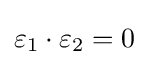
\varepsilon _{1}\cdot \varepsilon _{2}=0